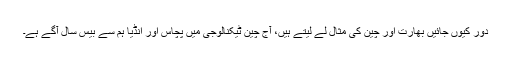
دور کیوں جائیں بھارت اور چین کی مثال لے لیتے ہیں، آج چین ٹیکنالوجی میں پچاس اور انڈیا ہم سے بیس سال آگے ہے۔